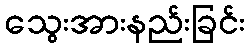
သွေးအားနည်းခြင်း